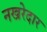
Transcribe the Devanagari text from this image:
नखरेदार